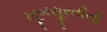
ખૂબસૂરતીની